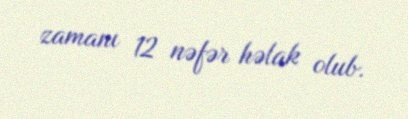
zamanı 12 nəfər həlak olub.